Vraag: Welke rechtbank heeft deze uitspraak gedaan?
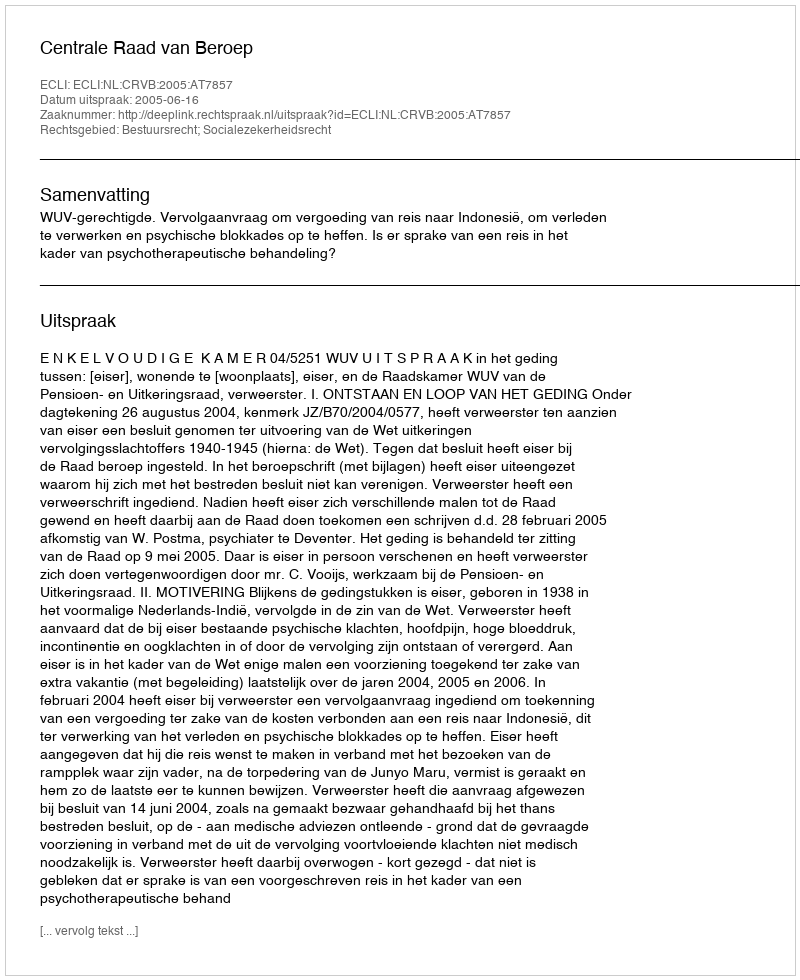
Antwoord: Centrale Raad van Beroep